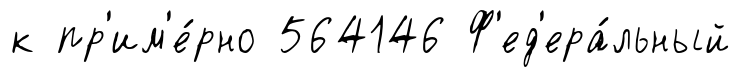
к пр'им'е́рно 564146 Ф'ед'ера́льный